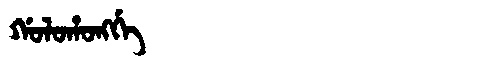
Manchu: ᡤᠣᠯᠣᡥᠣᠩᡤᡝ
Romanization: GOLOHONGGE